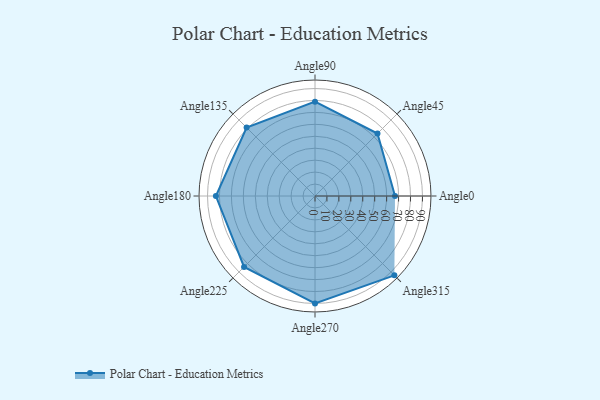
{"axis": {"x": "Angle", "y": "Radius"}, "legend": [""], "data": [{"x": "Angle0", "y": 67.0, "type": ""}, {"x": "Angle45", "y": 74.0, "type": ""}, {"x": "Angle90", "y": 79.0, "type": ""}, {"x": "Angle135", "y": 81.0, "type": ""}, {"x": "Angle180", "y": 83.0, "type": ""}, {"x": "Angle225", "y": 84.0, "type": ""}, {"x": "Angle270", "y": 90.0, "type": ""}, {"x": "Angle315", "y": 94.0, "type": ""}]}